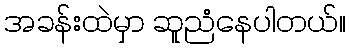
အခန်းထဲမှာ ဆူညံနေပါတယ်။